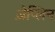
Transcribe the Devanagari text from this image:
ज़ेप्लिन